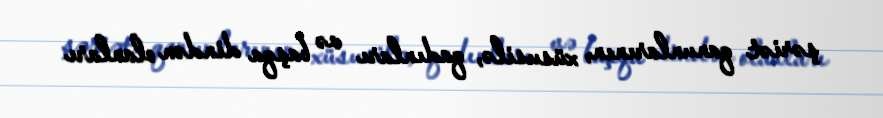
şəriət qanunlarının, xüsusilə, qadınları və başqa dindən olanları